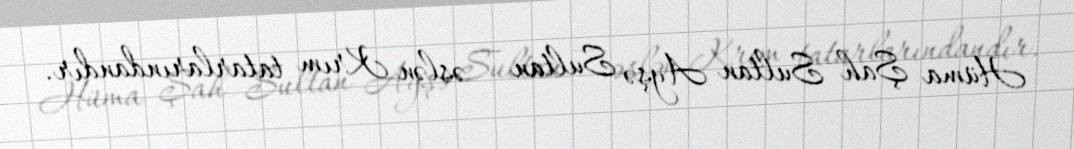
Hüma Şah Sultan Ayşə Sultan — əslən Krım tatarlarındandır.